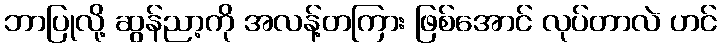
ဘာပြုလို့ ဆွန်ညာ့ကို အလန့်တကြား ဖြစ်အောင် လုပ်တာလဲ ဟင်